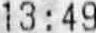
13 : 49